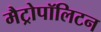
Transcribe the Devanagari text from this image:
मैट्रोपॉलिटन